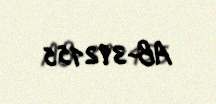
AB-392155